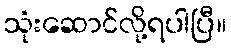
သုံးဆောင်လို့ရပါပြီ။